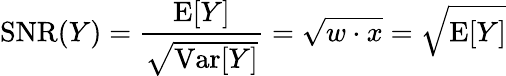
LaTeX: \textrm{SNR}(Y)=\frac{\textrm{E}[Y]}{\sqrt{\textrm{Var}[Y]}}=\sqrt{w\cdot x}=\sqrt{\textrm{E}[Y]}